Madras plague regulations and rules - Volume 2
Disease focus: Plague
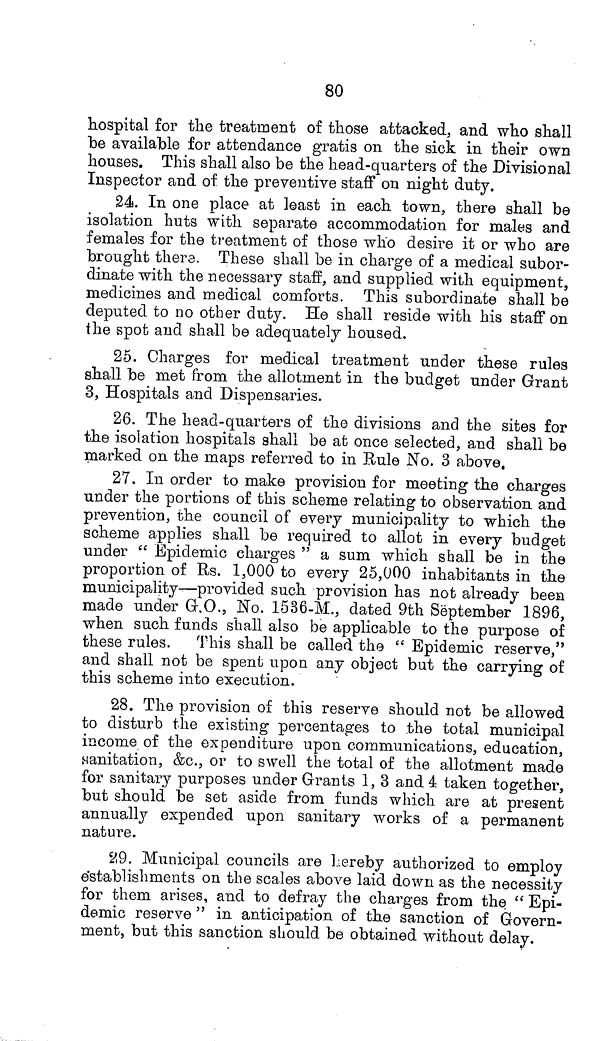
80
hospital for the treatment of those attacked, and who shall
be available for attendance gratis on the sick in their own
houses. This shall also be the head-quarters of the Divisional
Inspector and of the preventive staff on night duty.
24. In one place at least in each town, there shall be
isolation huts with separate accommodation for males and
females for the treatment of those who desire it or who are
brought there. These shall be in charge of a medical subor-
dinate with the necessary staff, and supplied with equipment,
medicines and medical comforts. This subordinate shall be
deputed to no other duty. He shall reside with his staff on
the spot and shall be adequately housed.
25. Charges for medical treatment under these rules
shall be met from the allotment in the budget under Grant
3, Hospitals and Dispensaries.
26. The head-quarters of the divisions and the sites for
the isolation hospitals shall be at once selected, and shall be
marked on the maps referred to in Rule No. 3 above.
27. In order to make provision for meeting the charges
under the portions of this scheme relating to observation and
prevention, the council of every municipality to which the
scheme applies shall be required to allot in every budget
under " Epidemic charges " a sum which shall be in the
proportion of Rs. 1,000 to every 25,000 inhabitants in the
municipality—provided such provision has not already been
made under G.O., No. 1536-M., dated 9th September 1896,
when such funds shall also be applicable to the purpose of
these rules. This shall be called the " Epidemic reserve,"
and shall not be spent upon any object but the carrying of
this scheme into execution.
28. The provision of this reserve should not be allowed
to disturb the existing percentages to the total municipal
income of the expenditure upon communications, education,
sanitation, &c., or to swell the total of the allotment made
for sanitary purposes under Grants 1, 3 and 4 taken together,
but should be set aside from funds which are at present
annually expended upon sanitary works of a permanent
nature.
29. Municipal councils are hereby authorized to employ
establishments on the scales above laid down as the necessity
for them arises, and to defray the charges from the " Epi-
demic reserve " in anticipation of the sanction of Govern-
ment, but this sanction should be obtained without delay.